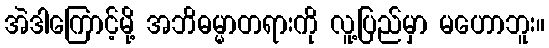
အဲဒါကြောင့်မို့ အဘိဓမ္မာတရားကို လူ့ပြည်မှာ မဟောဘူး။